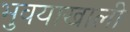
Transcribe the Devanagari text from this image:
भुवयाखाली